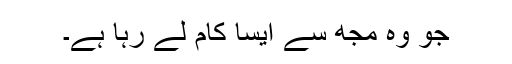
جو وہ مجھ سے ایسا کام لے رہا ہے۔